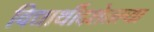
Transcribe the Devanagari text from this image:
विद्यार्थीदशेतल्या